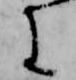
に